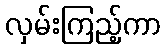
လှမ်းကြည့်ကာ